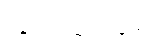
ဥပေါသထုပဝါသေ